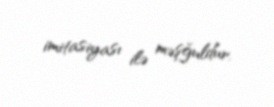
imitasiyası ilə məşğuldur.